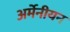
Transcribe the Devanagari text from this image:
अर्मेनीयन